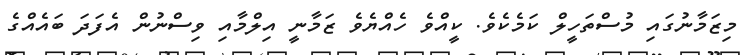
މިޒަމާނުގައި މުސްތަހީލް ކަމެކެވެ. ކީއްވެ ހެއްޔެވެ ޒަމާނީ އިލްމާއި ވިސްނުން އެފަދަ ބައެއްގެ